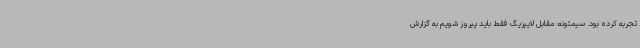
تجربه کرده بود. سیمئونه: مقابل لایپزیگ فقط باید پیروز شویم به گزارش